38_143685_box7_Incident_Summaries_1-100
Agency: Department of War
Page 100
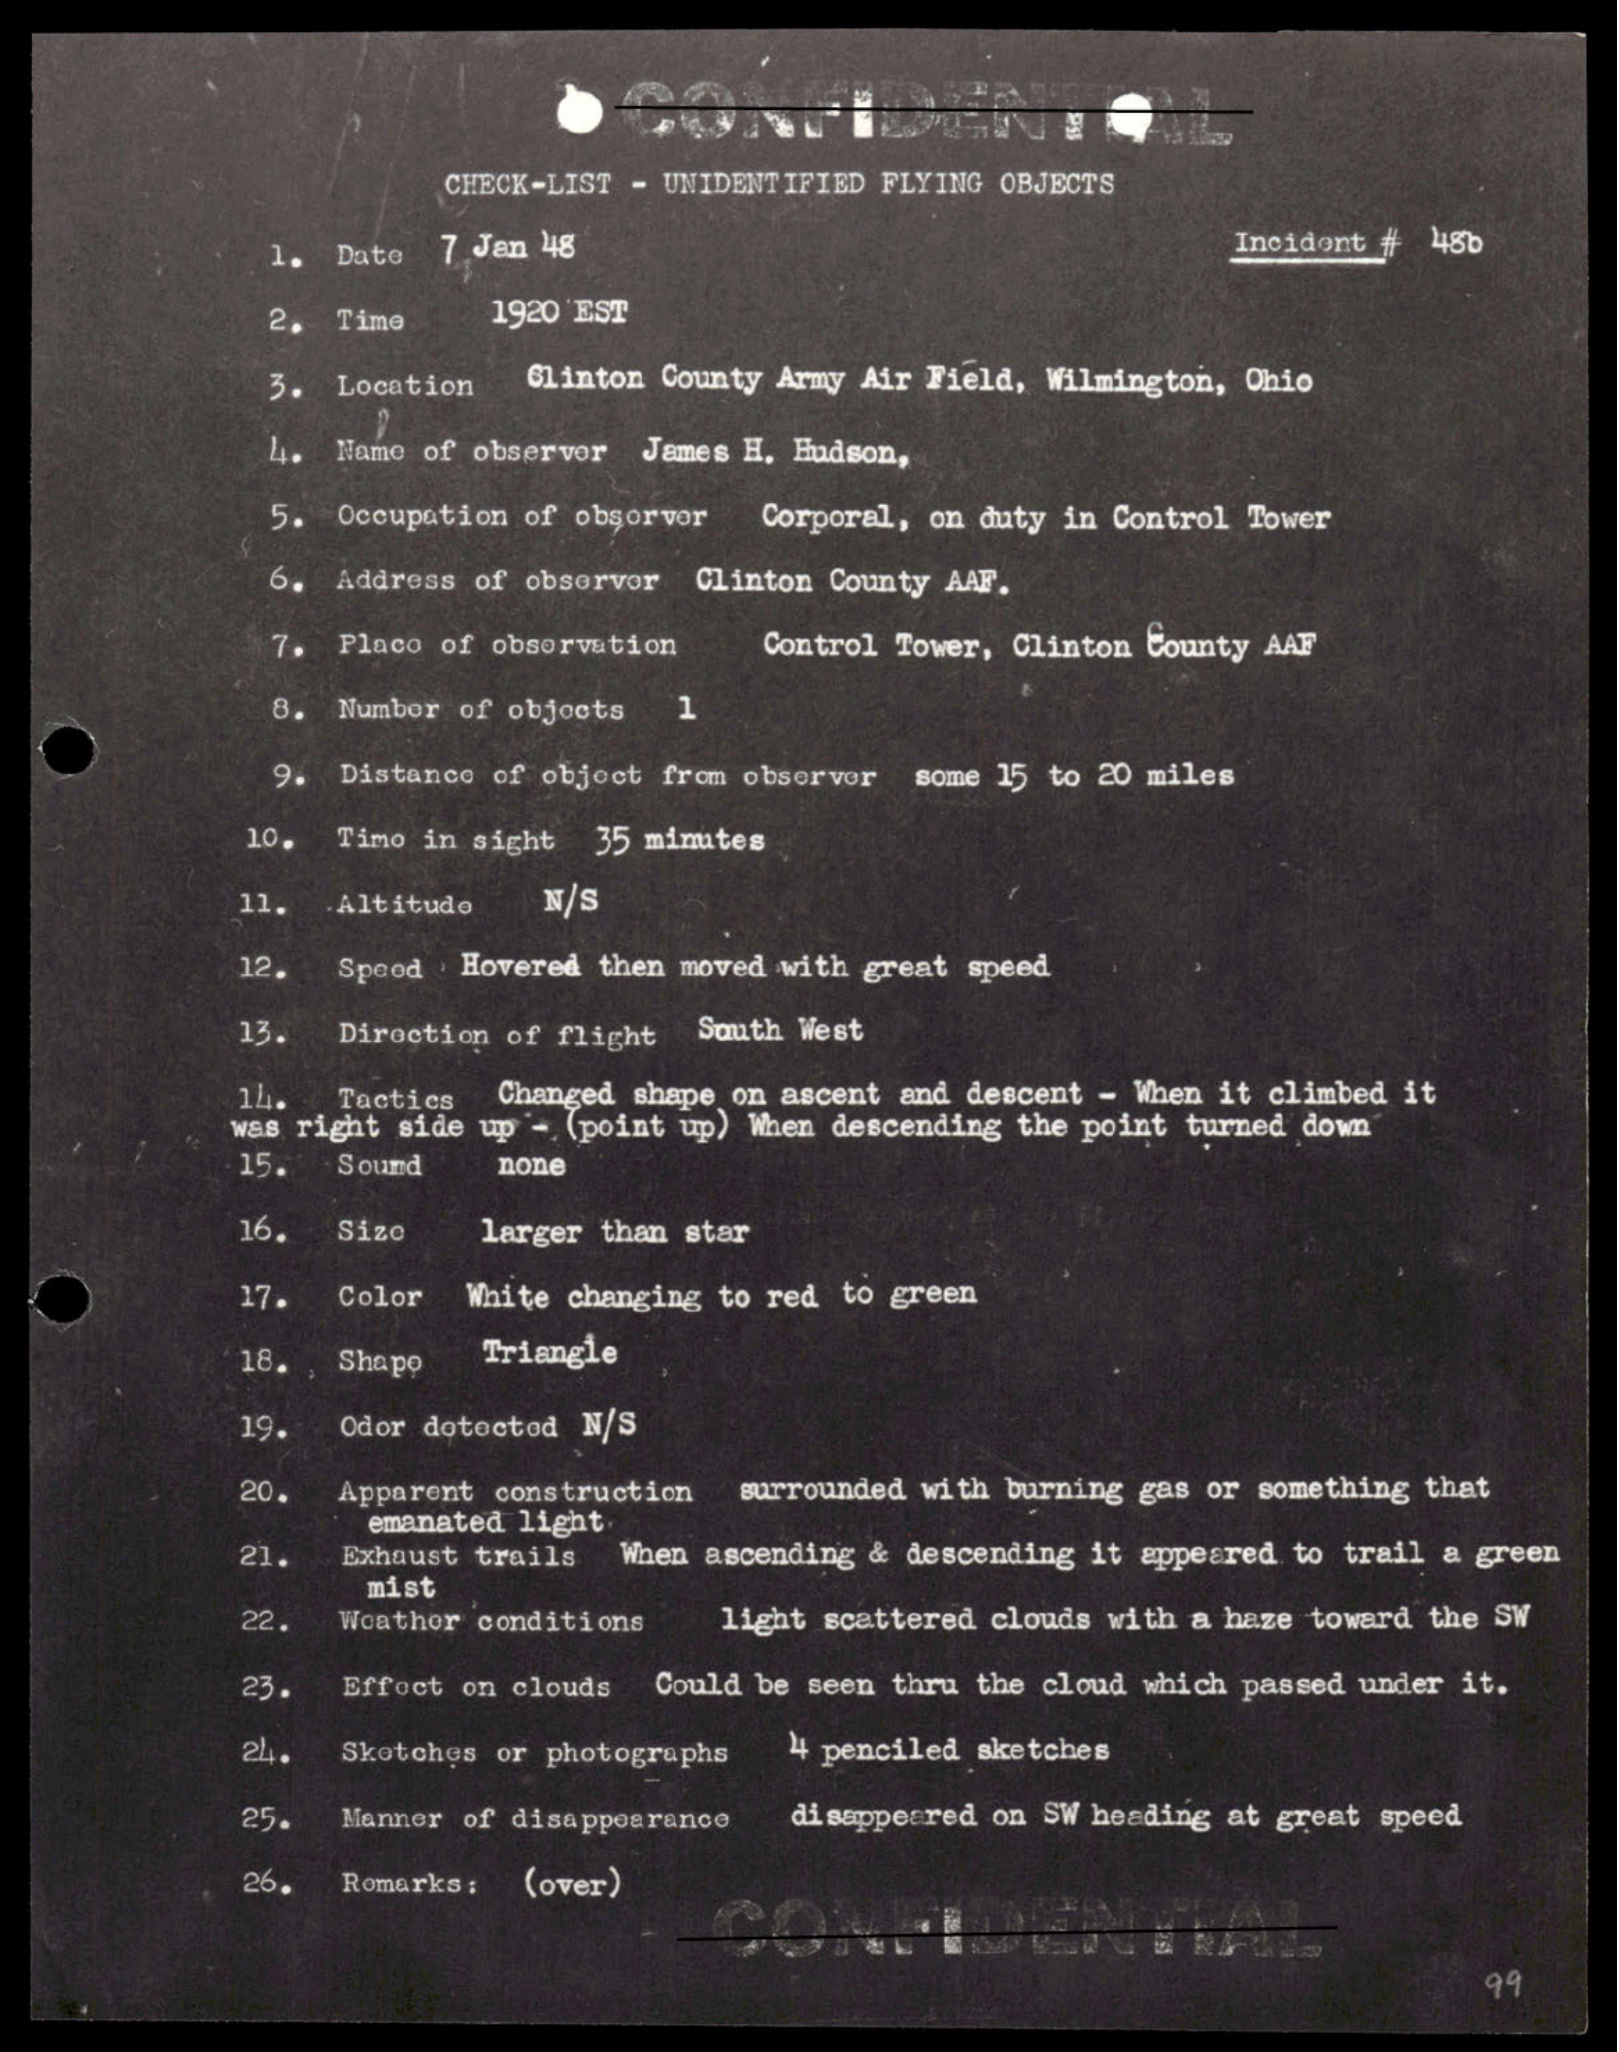